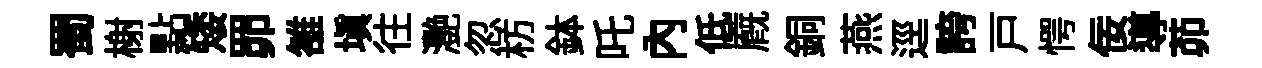
蜀榭點矮𦊑雒塡往灧忽枋鉢吒内低廐銅燕逕誇戸愕佞導茆